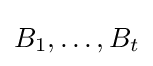
B_{1},\ldots ,B_{t}